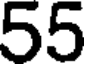
55